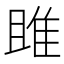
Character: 雎